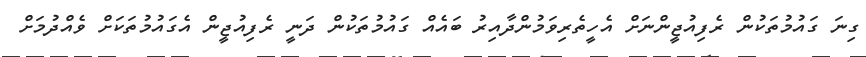
ގިނަ ގައުމުތަކުން ރެފިއުޖީންނަށް އެހީތެރިވަމުންދާއިރު ބައެއް ގައުމުތަކުން ދަނީ ރެފިއުޖީން އެގައުމުތަކަށް ވެއްދުމަށް